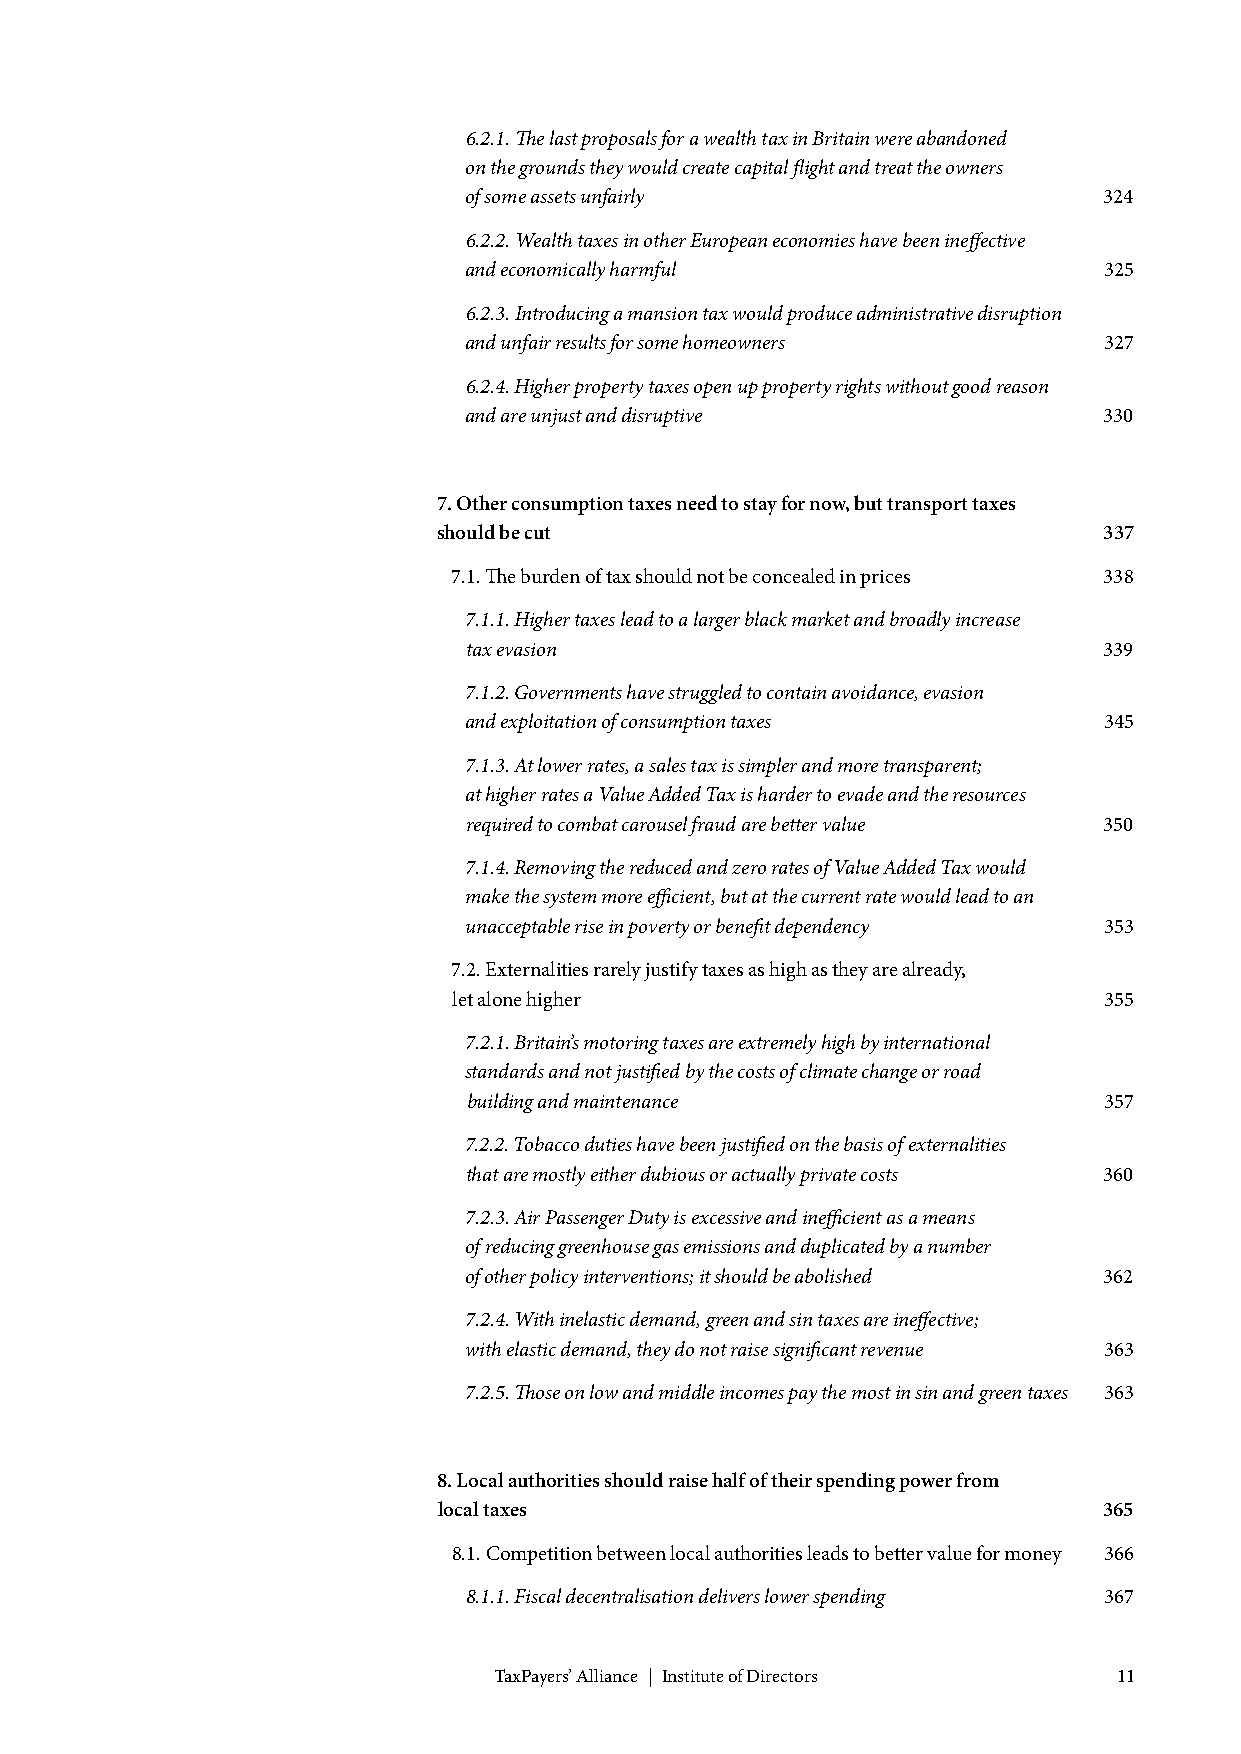
6.2.1. The last proposals for a wealth tax in Britain were abandoned
 on the grounds they would create capital flight and treat the owners
 of some assets unfairly                   324
 6.2.2. Wealth taxes in other European economies have been ineffective
 and economically harmful                  325
 6.2.3. Introducing a mansion tax would produce administrative disruption
 and unfair results for some homeowners    327
 6.2.4. Higher property taxes open up property rights without good reason
 and are unjust and disruptive             330
 7. Other consumption taxes need to stay for now, but transport taxes
 should be cut                               337
 7.1. The burden of tax should not be concealed in prices 338
 7.1.1. Higher taxes lead to a larger black market and broadly increase
 tax evasion                               339
 7.1.2. Governments have struggled to contain avoidance, evasion
 and exploitation of consumption taxes     345
 7.1.3. At lower rates, a sales tax is simpler and more transparent;
 at higher rates a Value Added Tax is harder to evade and the resources
 required to combat carousel fraud are better value 350
 7.1.4. Removing the reduced and zero rates of Value Added Tax would
 make the system more efficient, but at the current rate would lead to an
 unacceptable rise in poverty or benefit dependency 353
 7.2. Externalities rarely justify taxes as high as they are already,
 let alone higher                           355
 7.2.1. Britain’s motoring taxes are extremely high by international
 standards and not justified by the costs of climate change or road
 building and maintenance                  357
 7.2.2. Tobacco duties have been justified on the basis of externalities
 that are mostly either dubious or actually private costs 360
 7.2.3. Air Passenger Duty is excessive and inefficient as a means
 of reducing greenhouse gas emissions and duplicated by a number
 of other policy interventions; it should be abolished 362
 7.2.4. With inelastic demand, green and sin taxes are ineffective;
 with elastic demand, they do not raise significant revenue 363
 7.2.5. Those on low and middle incomes pay the most in sin and green taxes 363
 8. Local authorities should raise half of their spending power from
 local taxes                                 365
 8.1. Competition between local authorities leads to better value for money 366
 8.1.1. Fiscal decentralisation delivers lower spending 367
 TaxPayers’ Alliance | Institute of Directors 11